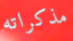
مذكراته